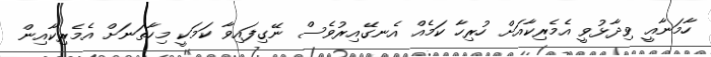
ހާމަނާއީ ވިދާޅުވީ އެމެރިކާއަށް ހުރިހާ ކަމެއް އެނގޭއިރުވެސް ނޭގިފައިވާ ކަމަކީ މިހާތަނަށް އެމެރިކާއިން